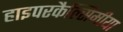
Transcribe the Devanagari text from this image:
हाइपरकैल्सिमीया